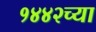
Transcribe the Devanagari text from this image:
१४४२च्या